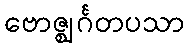
ဗောဇ္ဈင်္ဂတပသာ